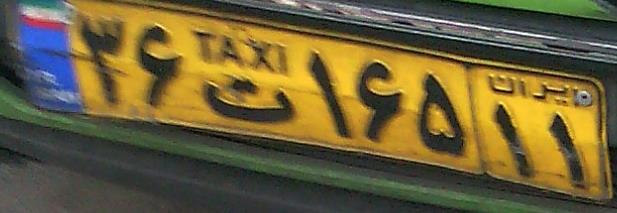
۳۶ت۱۶۵۱۱